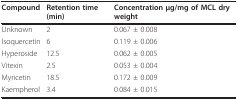
<table><thead><tr><td><b>Compound</b></td><td><b>Retention time (min)</b></td><td><b>Concentration μg/mg of MCL dry weight</b></td></tr></thead><tbody><tr><td>Unknown</td><td>2</td><td>0.067 ± 0.008</td></tr><tr><td>Isoquercetin</td><td>6</td><td>0.119 ± 0.006</td></tr><tr><td>Hyperoside</td><td>12.5</td><td>0.062 ± 0.005</td></tr><tr><td>Vitexin</td><td>2.5</td><td>0.053 ± 0.004</td></tr><tr><td>Myricetin</td><td>18.5</td><td>0.172 ± 0.009</td></tr><tr><td>Kaempherol</td><td>3.4</td><td>0.084 ± 0.015</td></tr></tbody></table>